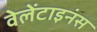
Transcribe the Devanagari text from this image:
वेलेंटाइनंस